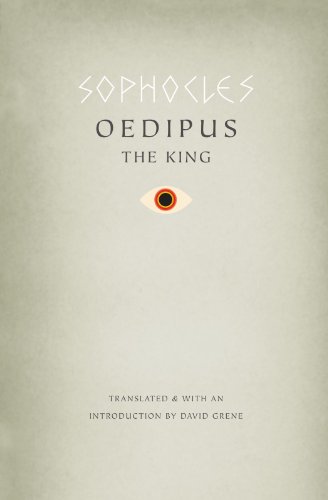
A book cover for Oedipus the King; Sophocles; Literature & Fiction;